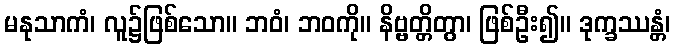
မနုသာကံ၊ လူ၌ဖြစ်သော။ ဘဝံ၊ ဘဝကို။ နိဗ္ဗတ္တိတွာ၊ ဖြစ်ဦး၍။ ဒုက္ခဿန္တံ၊